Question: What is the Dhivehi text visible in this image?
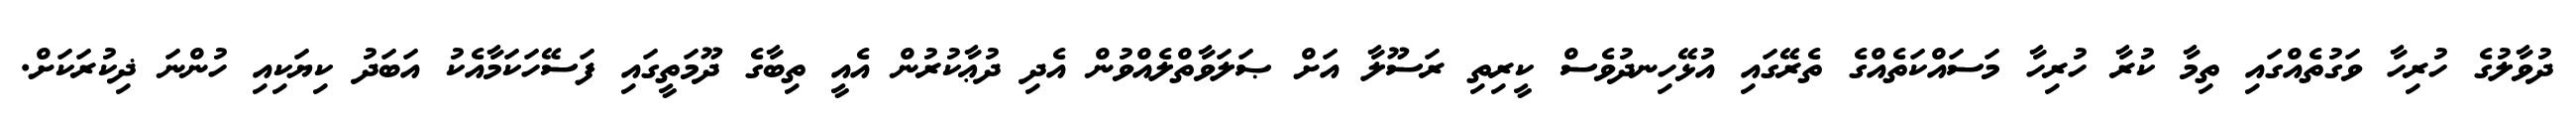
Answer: ދުވާލުގެ ހުރިހާ ވަގުތެއްގައި ތިމާ ކުރާ ހުރިހާ މަސައްކަތެއްގެ ތެރޭގައި އުޅޭހިނދުވެސް ކީރިތި ރަސޫލާ އަށް ޞަލަވާތްލެއްވުން އެދި ދުޢާކުރުން އެއީ ތިބާގެ ދޫމަތީގައި ފަސޭހަކަމާއެކު އަބަދު ކިޔަކިއި ހުންނަ ޛިކުރަކަށް.